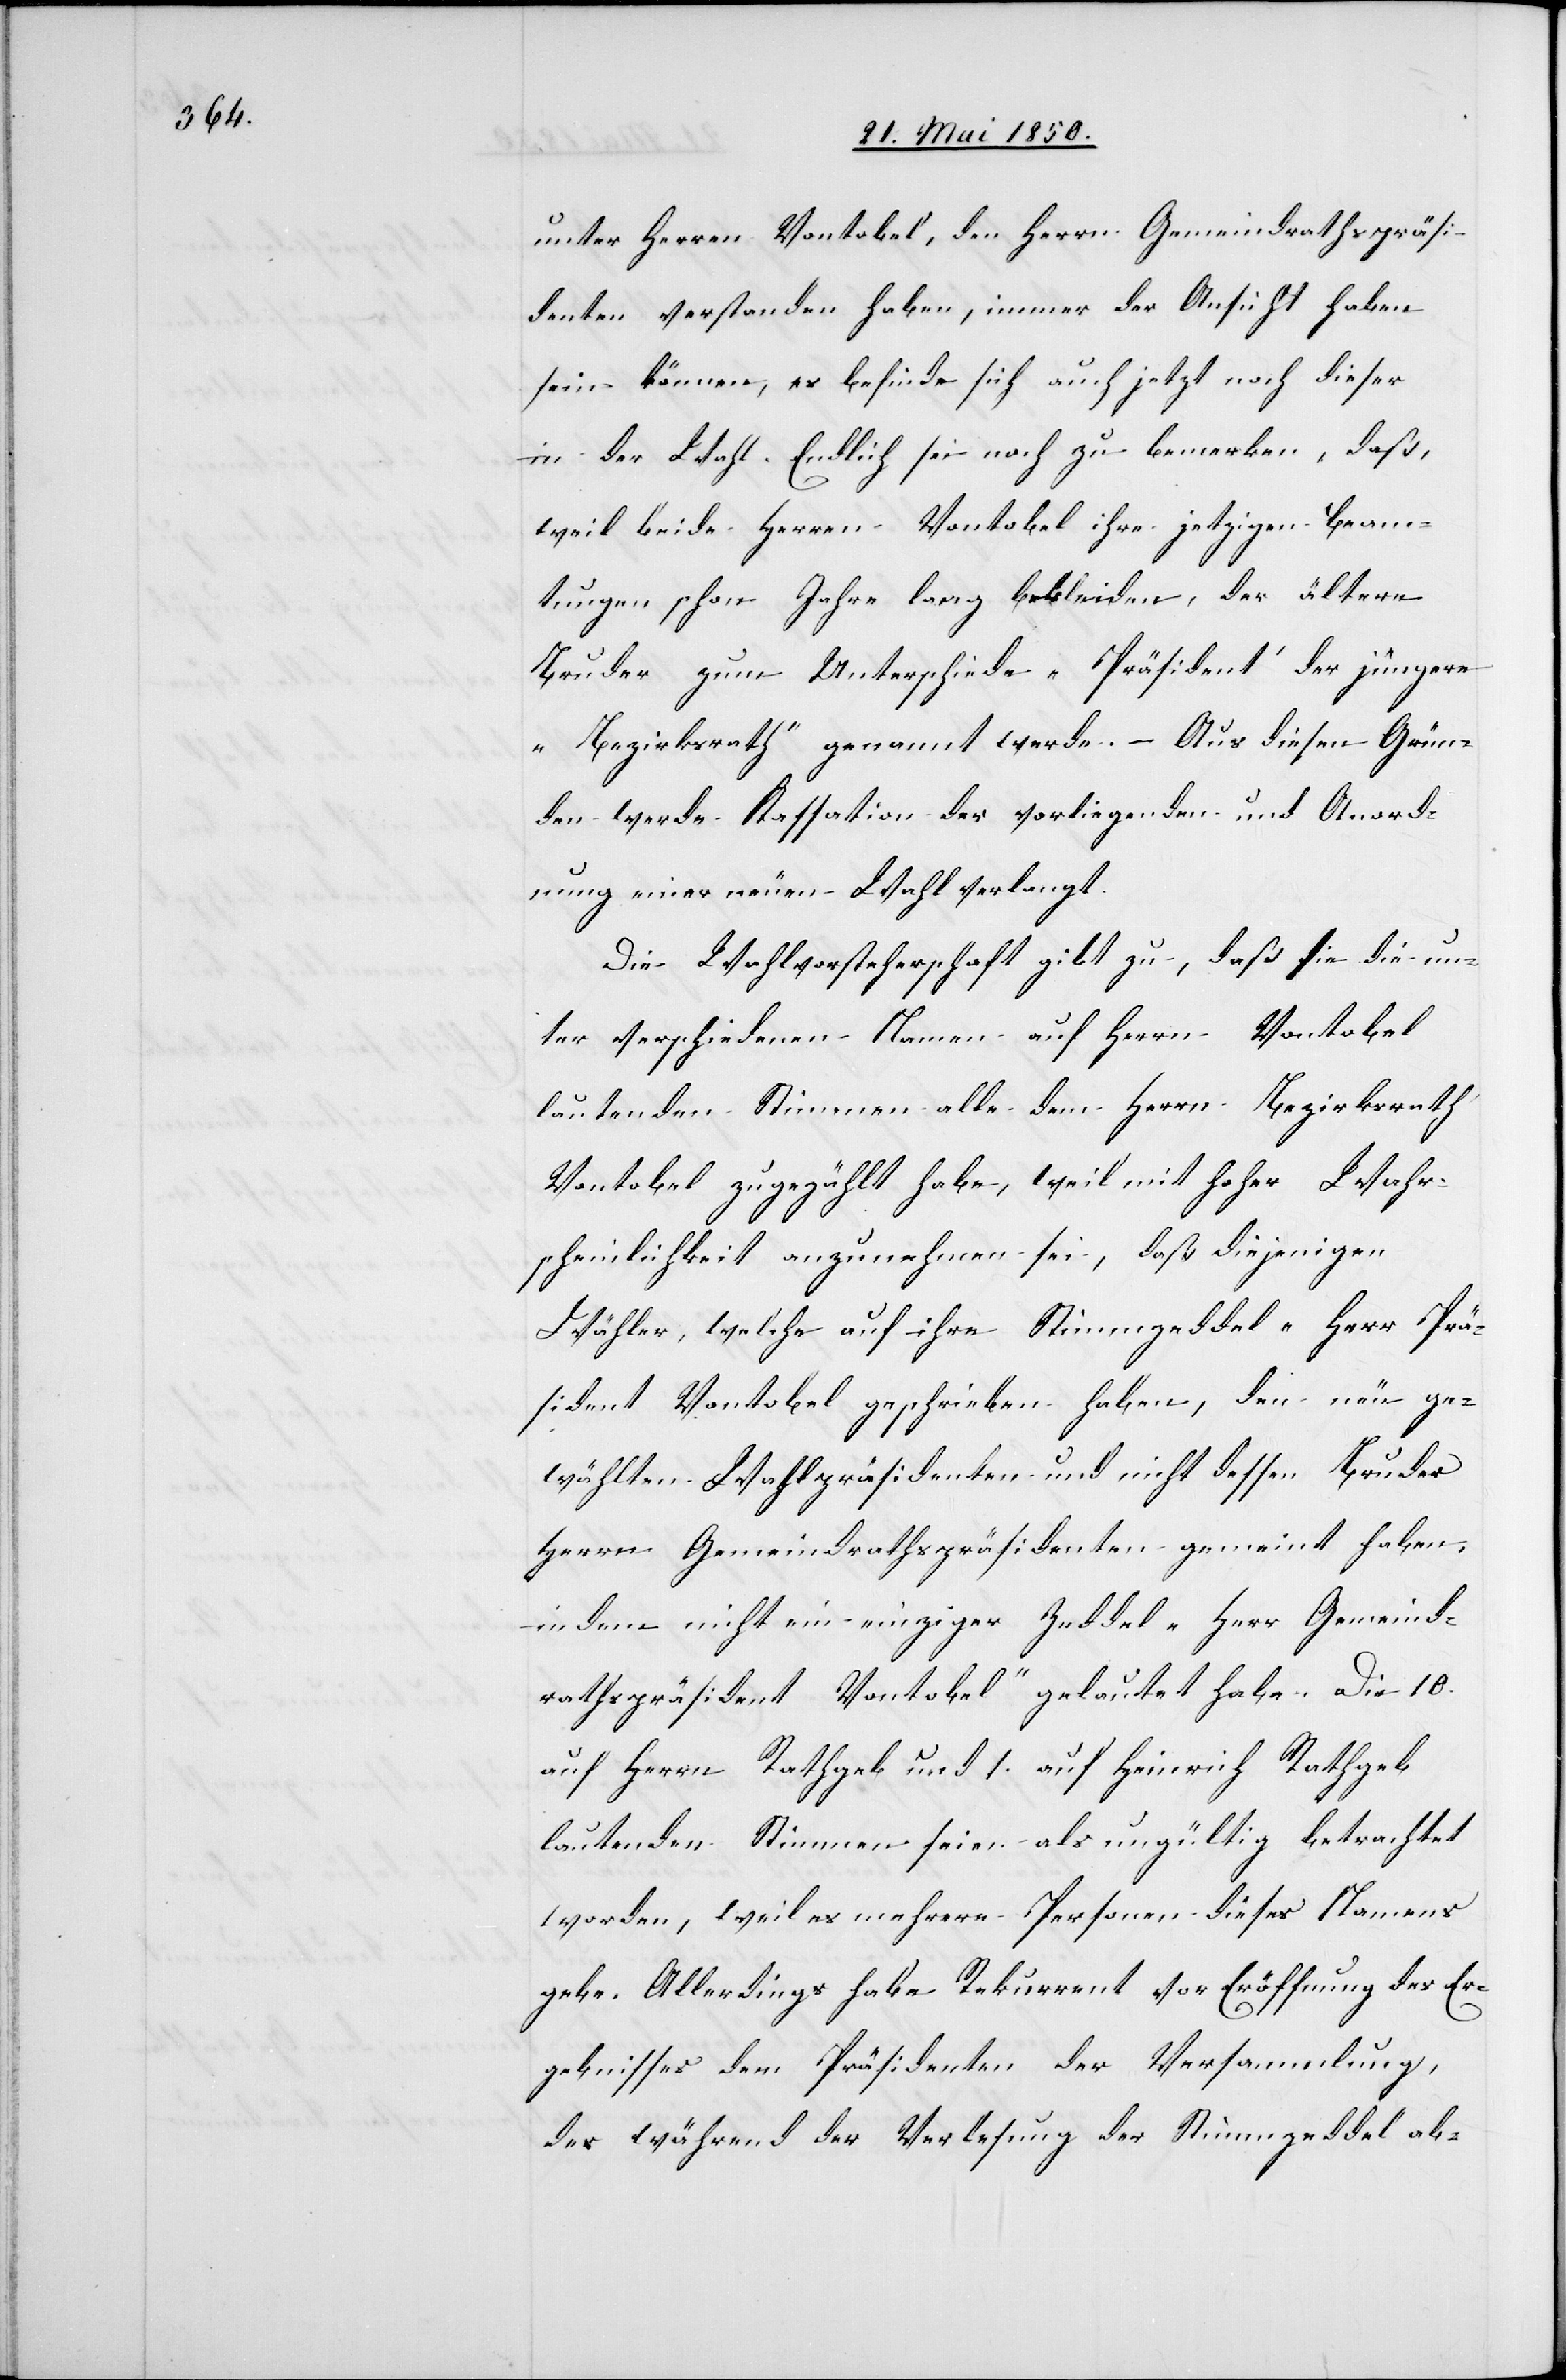
unter Herren Vontobel, den Herrn Gemeindrathspräsi¬
denten verstanden haben, immer der Ansicht haben
sein können, es befinde sich auch jetzt noch dieser
in der Wahl. Endlich sei noch zu bemerken, daß,
weil beide Herren Vontobel ihre jetzigen Beam¬
tungen schon Jahre lang bekleiden, der ältere
Bruder zum Unterschiede „Präsident“ der jüngere
„Bezirksrath“ genannt werde. – Aus diesen Grün¬
den werde Kassation der vorliegenden und Anord¬
nung einer neuen Wahl verlangt.
Die Wahlvorsteherschaft gibt zu, daß sie die un¬
ter verschiedenen Namen auf Herrn Vontobel
lautenden Stimmen alle dem Herrn Bezirksrath
Vontobel zugezählt habe, weil mit hoher Wahr¬
scheinlichkeit anzunehmen sei, daß diejenigen
Wähler, welche auf ihre Stimmzeddel „Herr Prä¬
sident Vontobel[“] geschrieben haben, den neu ge¬
wählten Wahlpräsidenten und nicht dessen Bruder
Herrn Gemeindrathspräsidenten gemeint haben,
indem nicht ein einziger Zeddel „Herr Gemeind¬
rathspräsident Vontobel“ gelautet habe. Die 10.a¬
uf Herrn Rathgeb und 1. auf Heinrich Rathgeb
lautenden Stimmen seien als ungültig betrachtet
worden, weil es mehrere Personen dieses Namens
gebe. Allerdings habe Rekurrent vor Eröffnung des Er¬
gebnisses dem Präsidenten der Versammlung,
der während der Verlesung der Stimmzeddel ab-